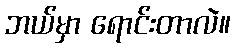
ဘယ်မှာ ရောင်းတာလဲ။